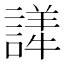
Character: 𬣂